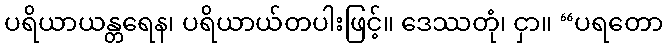
ပရိယာယန္တရေန၊ ပရိယာယ်တပါးဖြင့်။ ဒေဿတုံ၊ ငှာ။ “ပရတော